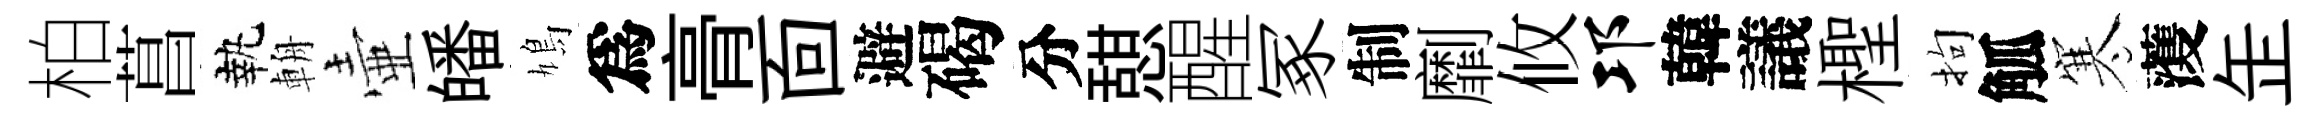
柏菖執輈壷皤鳩爲𮌔靣避碣分憇醒冢制劘攸邛韓議檉拘觚寒𮑮𦈢